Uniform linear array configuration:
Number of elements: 48
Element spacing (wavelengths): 0.5
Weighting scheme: binomial
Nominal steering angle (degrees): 30
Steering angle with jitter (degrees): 28.575
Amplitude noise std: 0.05
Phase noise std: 0.05

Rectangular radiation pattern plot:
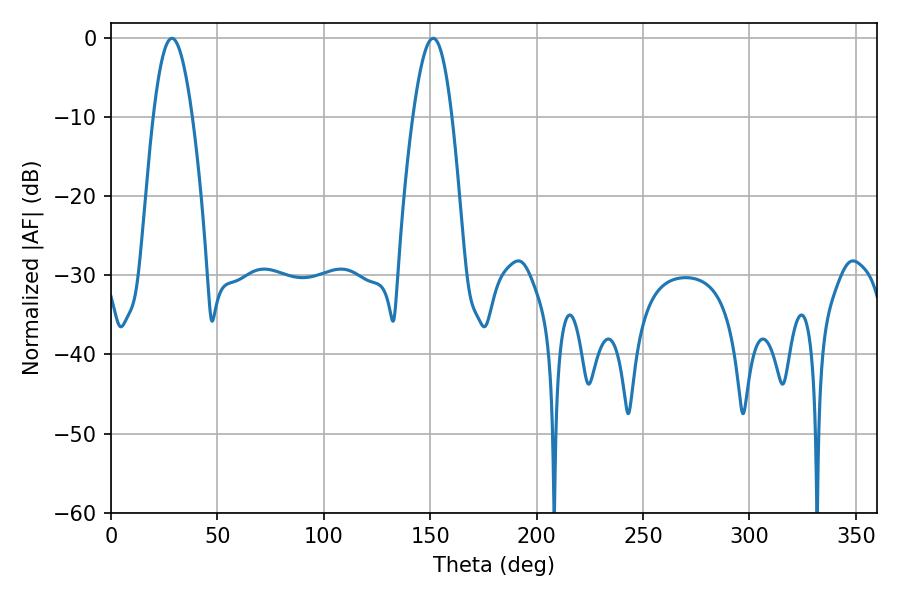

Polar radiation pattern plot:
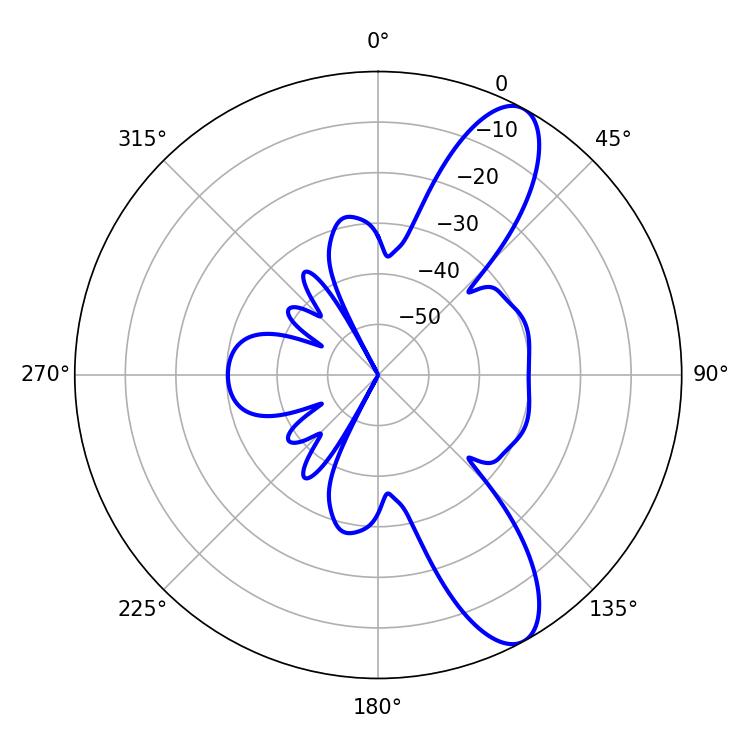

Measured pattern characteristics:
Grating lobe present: FALSE
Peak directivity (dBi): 10.423
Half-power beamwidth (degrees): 9.9
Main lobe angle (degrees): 28.62